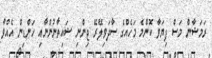
ރަމަޟާން މަސް ފިޔަވާ ކޮންމެ މަހެއްގެ ސާދަވިލޭރޭ ޖިންނި ޝައިތާނުންނާއި ހަންޑިން އެއްވާ